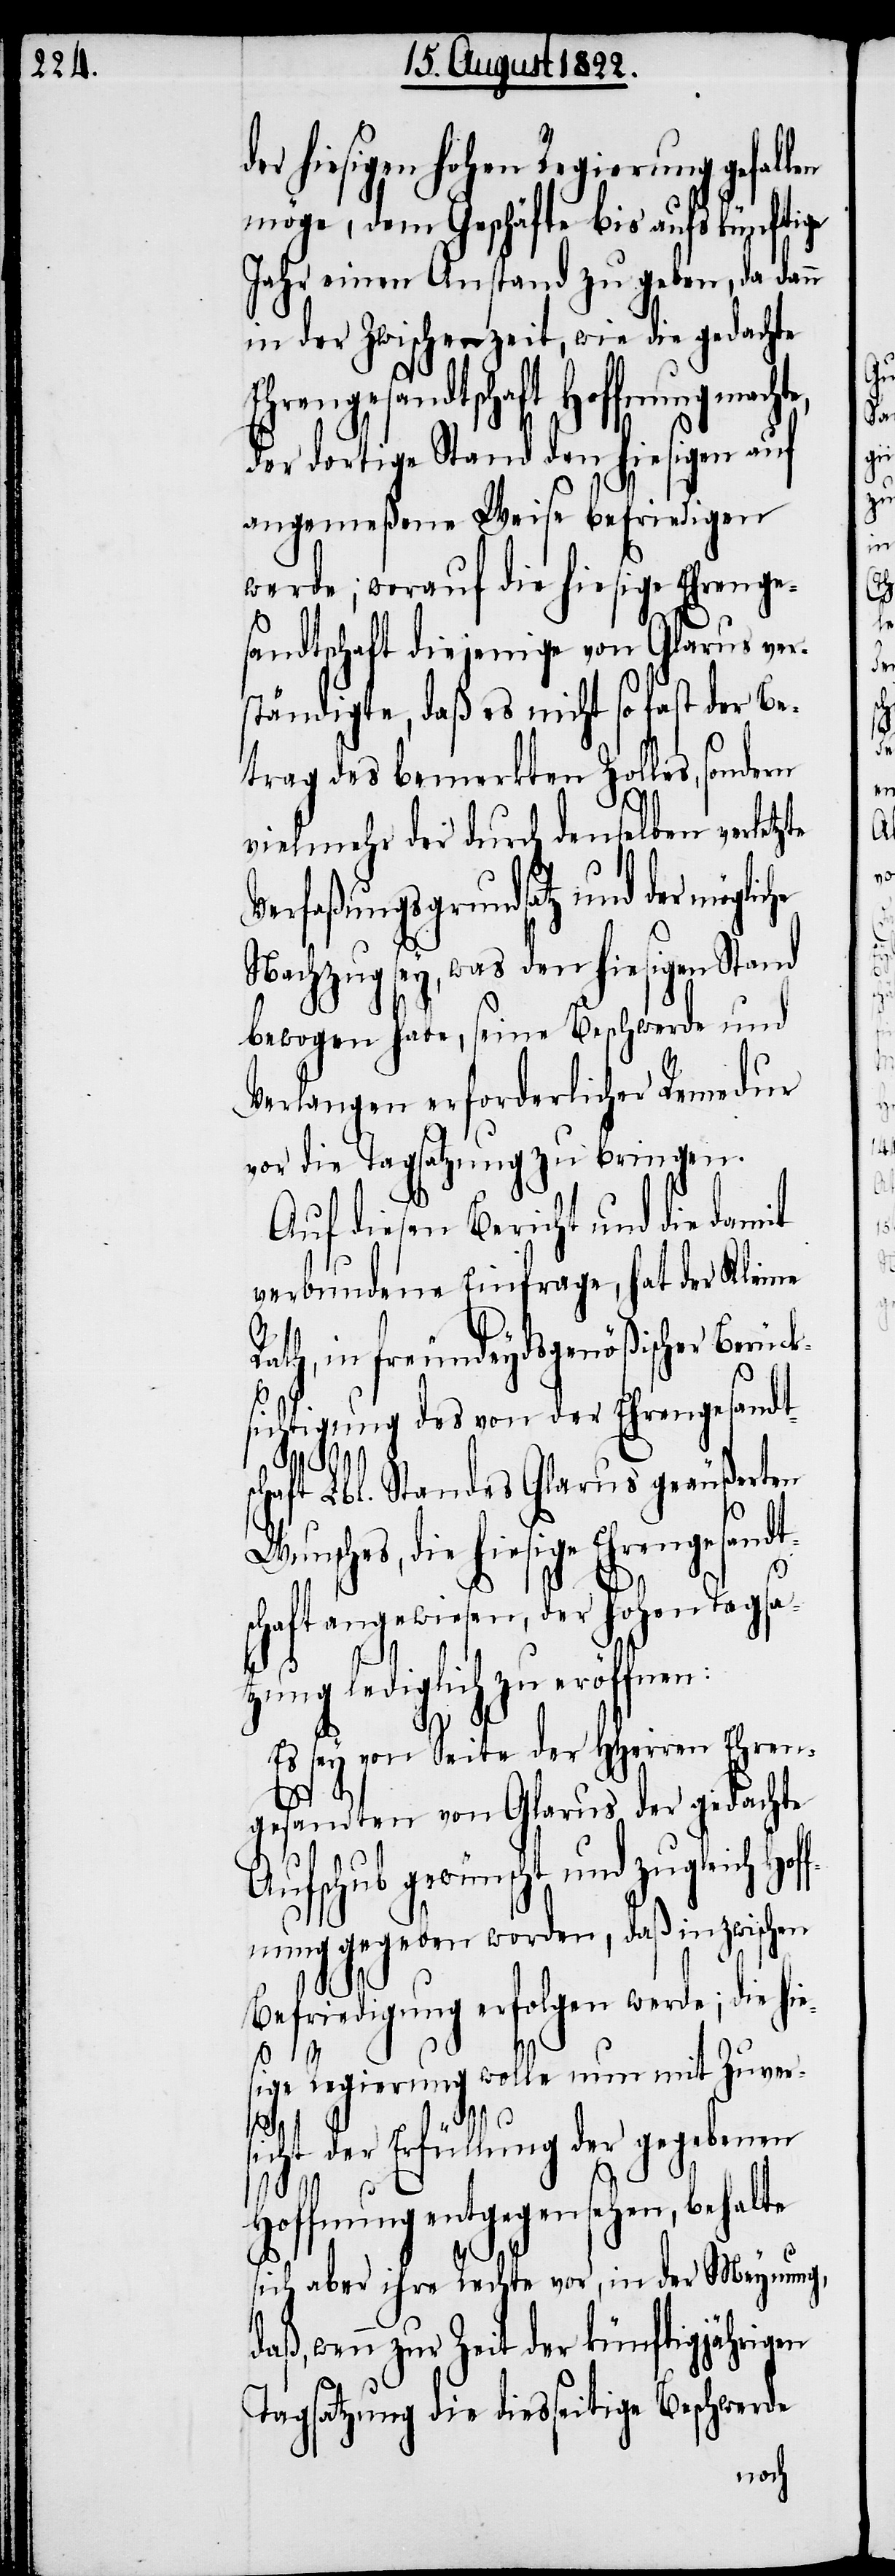
er hiesigen hohen Regierung gefal¬
möge, dem Geschäfte bis aufs künftige
Jahr einen Anstand zu geben, da dan¬
in der Zwischenzeit, wie die gedachte
Ehrengesandtschaft Hoffnung
der dortige Stand den hiesigen auf
angemeßene Weise befriedigen
werde; worauf die hiesige Ehrenge¬
sandtschaft diejenige von Glarus ver¬
ständigte, daß es nicht so fast der Be¬
trag des bemerkten Zolles, sondern
vielmehr der durch denselben verletzte
Verfaßungsgrundsatz und der mögli¬
Nachzug sey, was den hiesigen Stand
bewogen habe, seine Beschwerde und
Verlangen erforderlicher Remedur
vor die Tagsatzung zu bringen.
Auf diesen Bericht und die damit
verbundene Einfrage, hat der Kleine
Rath, in freundeydsgenößischer Berüc¬
ksichtigung des von der Ehrengesandt¬
hie¬
schaft Lbl. Standes Glarus geäußerten
Wunsches, die hiesige Ehrengesandt¬
che
schaft angewiesen, der hohen Tagsa¬
tzung lediglich zu eröffnen:
n
Es sey von Seite der HHerren Ehren¬
gesandten von Glarus der gedachte
Aufschub gewünscht u¬
nung gegeben worden, daß inzwischen
Befriedigung erfolgen werde; die
sige Regierung wolle nun mit Zuver¬
len
d¬
sicht der Erfüllung der gegebenen
Hoffnung entgegensehen, behalte
sich aber ihre Rechte vor, in der Meynung,
wenn zur Zeit der künftigjährigen
Tagsatzung die diesseitige Beschwerde
nd